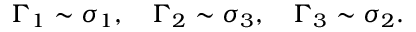
\Gamma _ { 1 } \sim \sigma _ { 1 } , \quad \Gamma _ { 2 } \sim \sigma _ { 3 } , \quad \Gamma _ { 3 } \sim \sigma _ { 2 } .